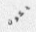
يكون